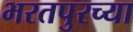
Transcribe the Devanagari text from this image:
भरतपुरच्या